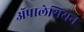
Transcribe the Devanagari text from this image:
ॲपालेशियन